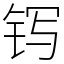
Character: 䥾